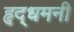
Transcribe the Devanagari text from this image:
हृद्‌धमनी